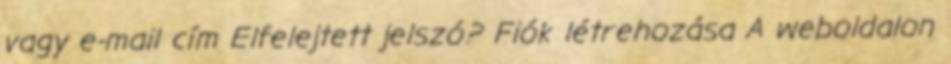
vagy e-mail cím Elfelejtett jelszó? Fiók létrehozása A weboldalon